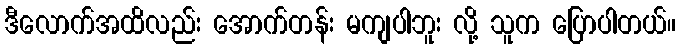
ဒီလောက်အထိလည်း အောက်တန်း မကျပါဘူး လို့ သူက ပြောပါတယ်။